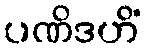
ပဏိဒဟိံ